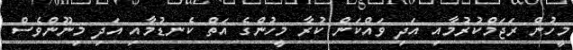
މީހުން ރަޖަމްކުރުމާއި އަދި ވައްކަން ކުރާ މީހުންގެ އަތް ކެނޑުމާއި އަދި މިނޫންވެސް